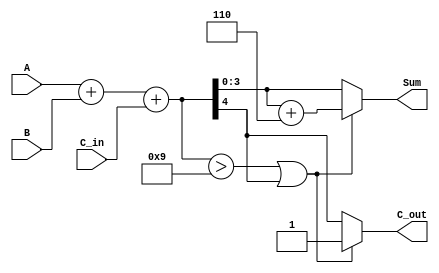
module BCD_Asynchronous_Adder (
    input  [3:0] A,      // First BCD digit
    input  [3:0] B,      // Second BCD digit
    input        C_in,    // Carry input
    output reg [3:0] Sum, // BCD sum output
    output reg C_out      // Carry output
);

    wire [4:0] binary_sum; // 5 bits to hold the sum (4 bits + carry)
    wire correction_needed; // Flag to indicate if correction is needed

    // Binary addition of A, B, and C_in
    assign binary_sum = A + B + C_in;

    // Determine if correction is needed (sum > 9 or carry out)
    assign correction_needed = (binary_sum > 4'b1001) || (binary_sum[4]);

    always @* begin
        if (correction_needed) begin
            // Apply correction by adding 6 (4'b0110)
            Sum = binary_sum + 4'b0110;
            C_out = 1; // Set carry out if correction was applied
        end else begin
            Sum = binary_sum[3:0]; // Use lower 4 bits of the sum
            C_out = binary_sum[4]; // Carry out from the binary sum
        end
    end

endmodule